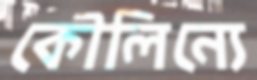
কৌলিন্যে